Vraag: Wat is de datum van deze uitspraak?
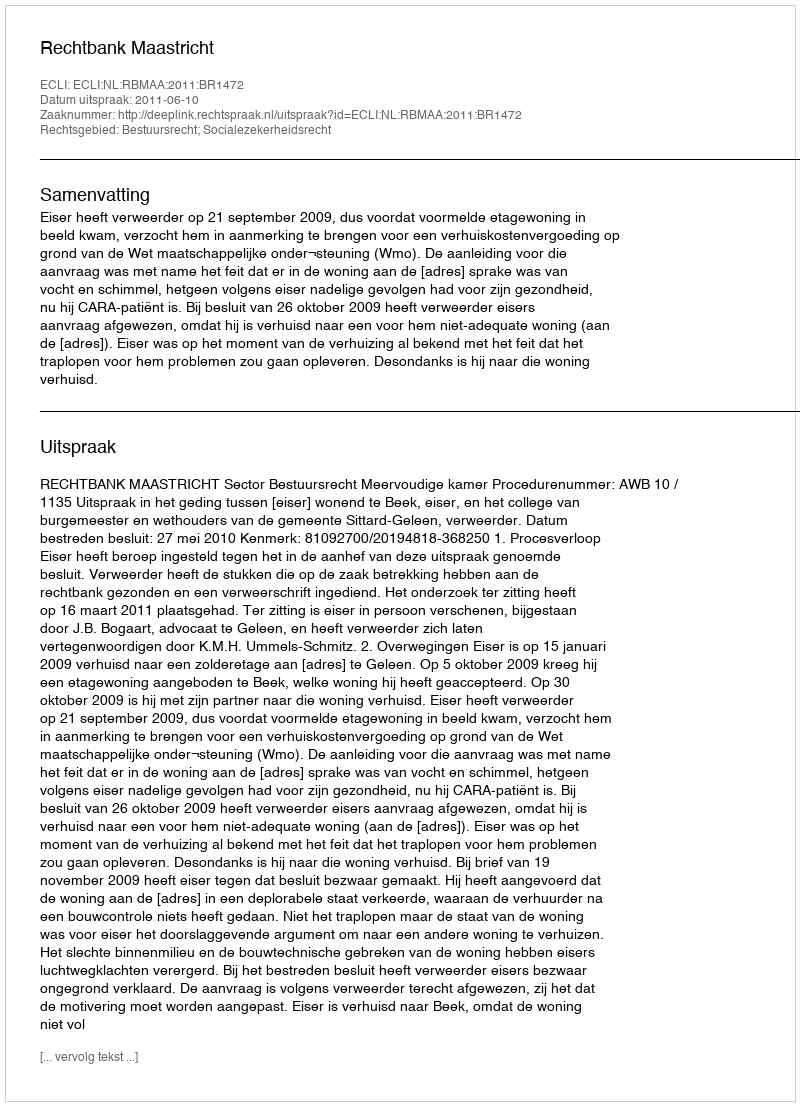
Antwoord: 2011-06-10